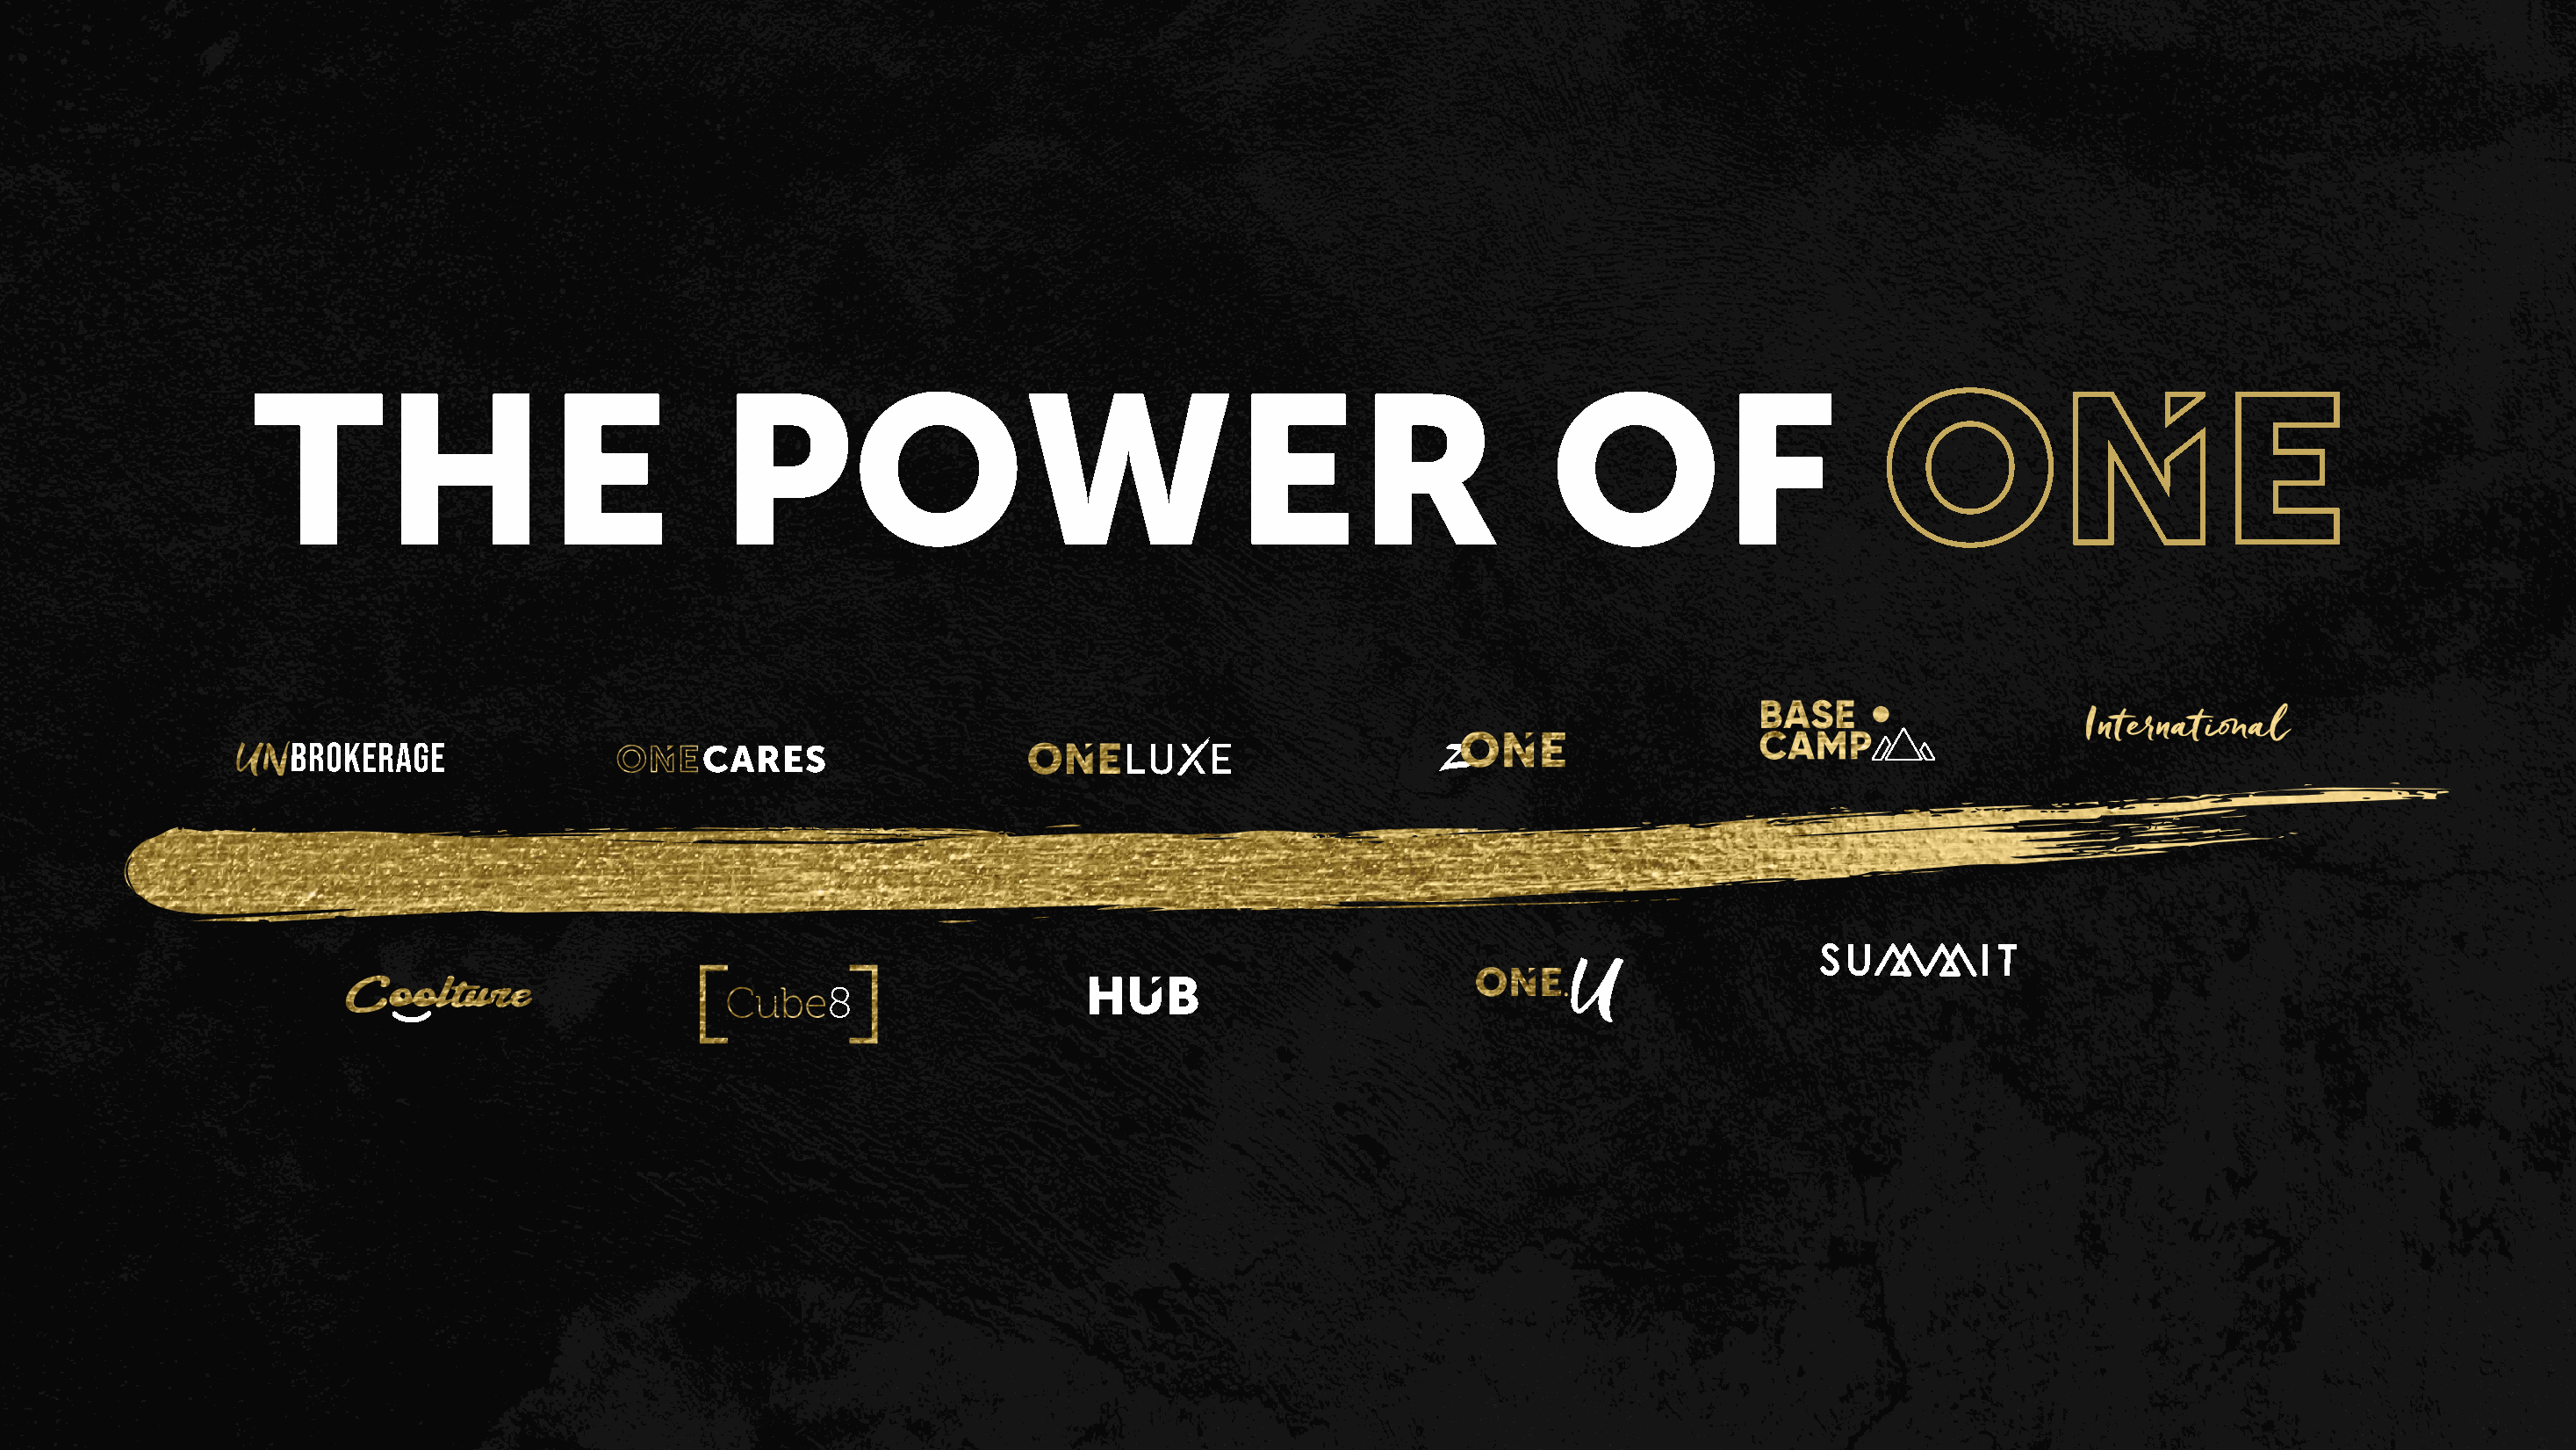
THE                                POWER                                                          OF